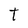
Character: t